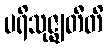
ပရိသုဇ္ဈတီတိ